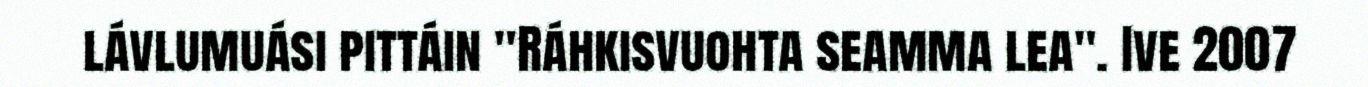
lávlumuási pittáin "Ráhkisvuohta seamma lea". Ive 2007